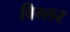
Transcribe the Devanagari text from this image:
विग्लर